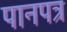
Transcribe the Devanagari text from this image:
पानपत्र